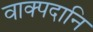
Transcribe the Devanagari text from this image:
वाक्पदानि